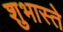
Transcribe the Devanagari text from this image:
शुभास्ते